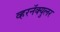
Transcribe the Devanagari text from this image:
व्हरनॅक्युलर